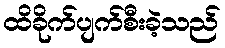
ထိခိုက်ပျက်စီးခဲ့သည်